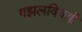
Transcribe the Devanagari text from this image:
गझलविषयी